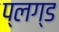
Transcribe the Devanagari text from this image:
प्लग्ड